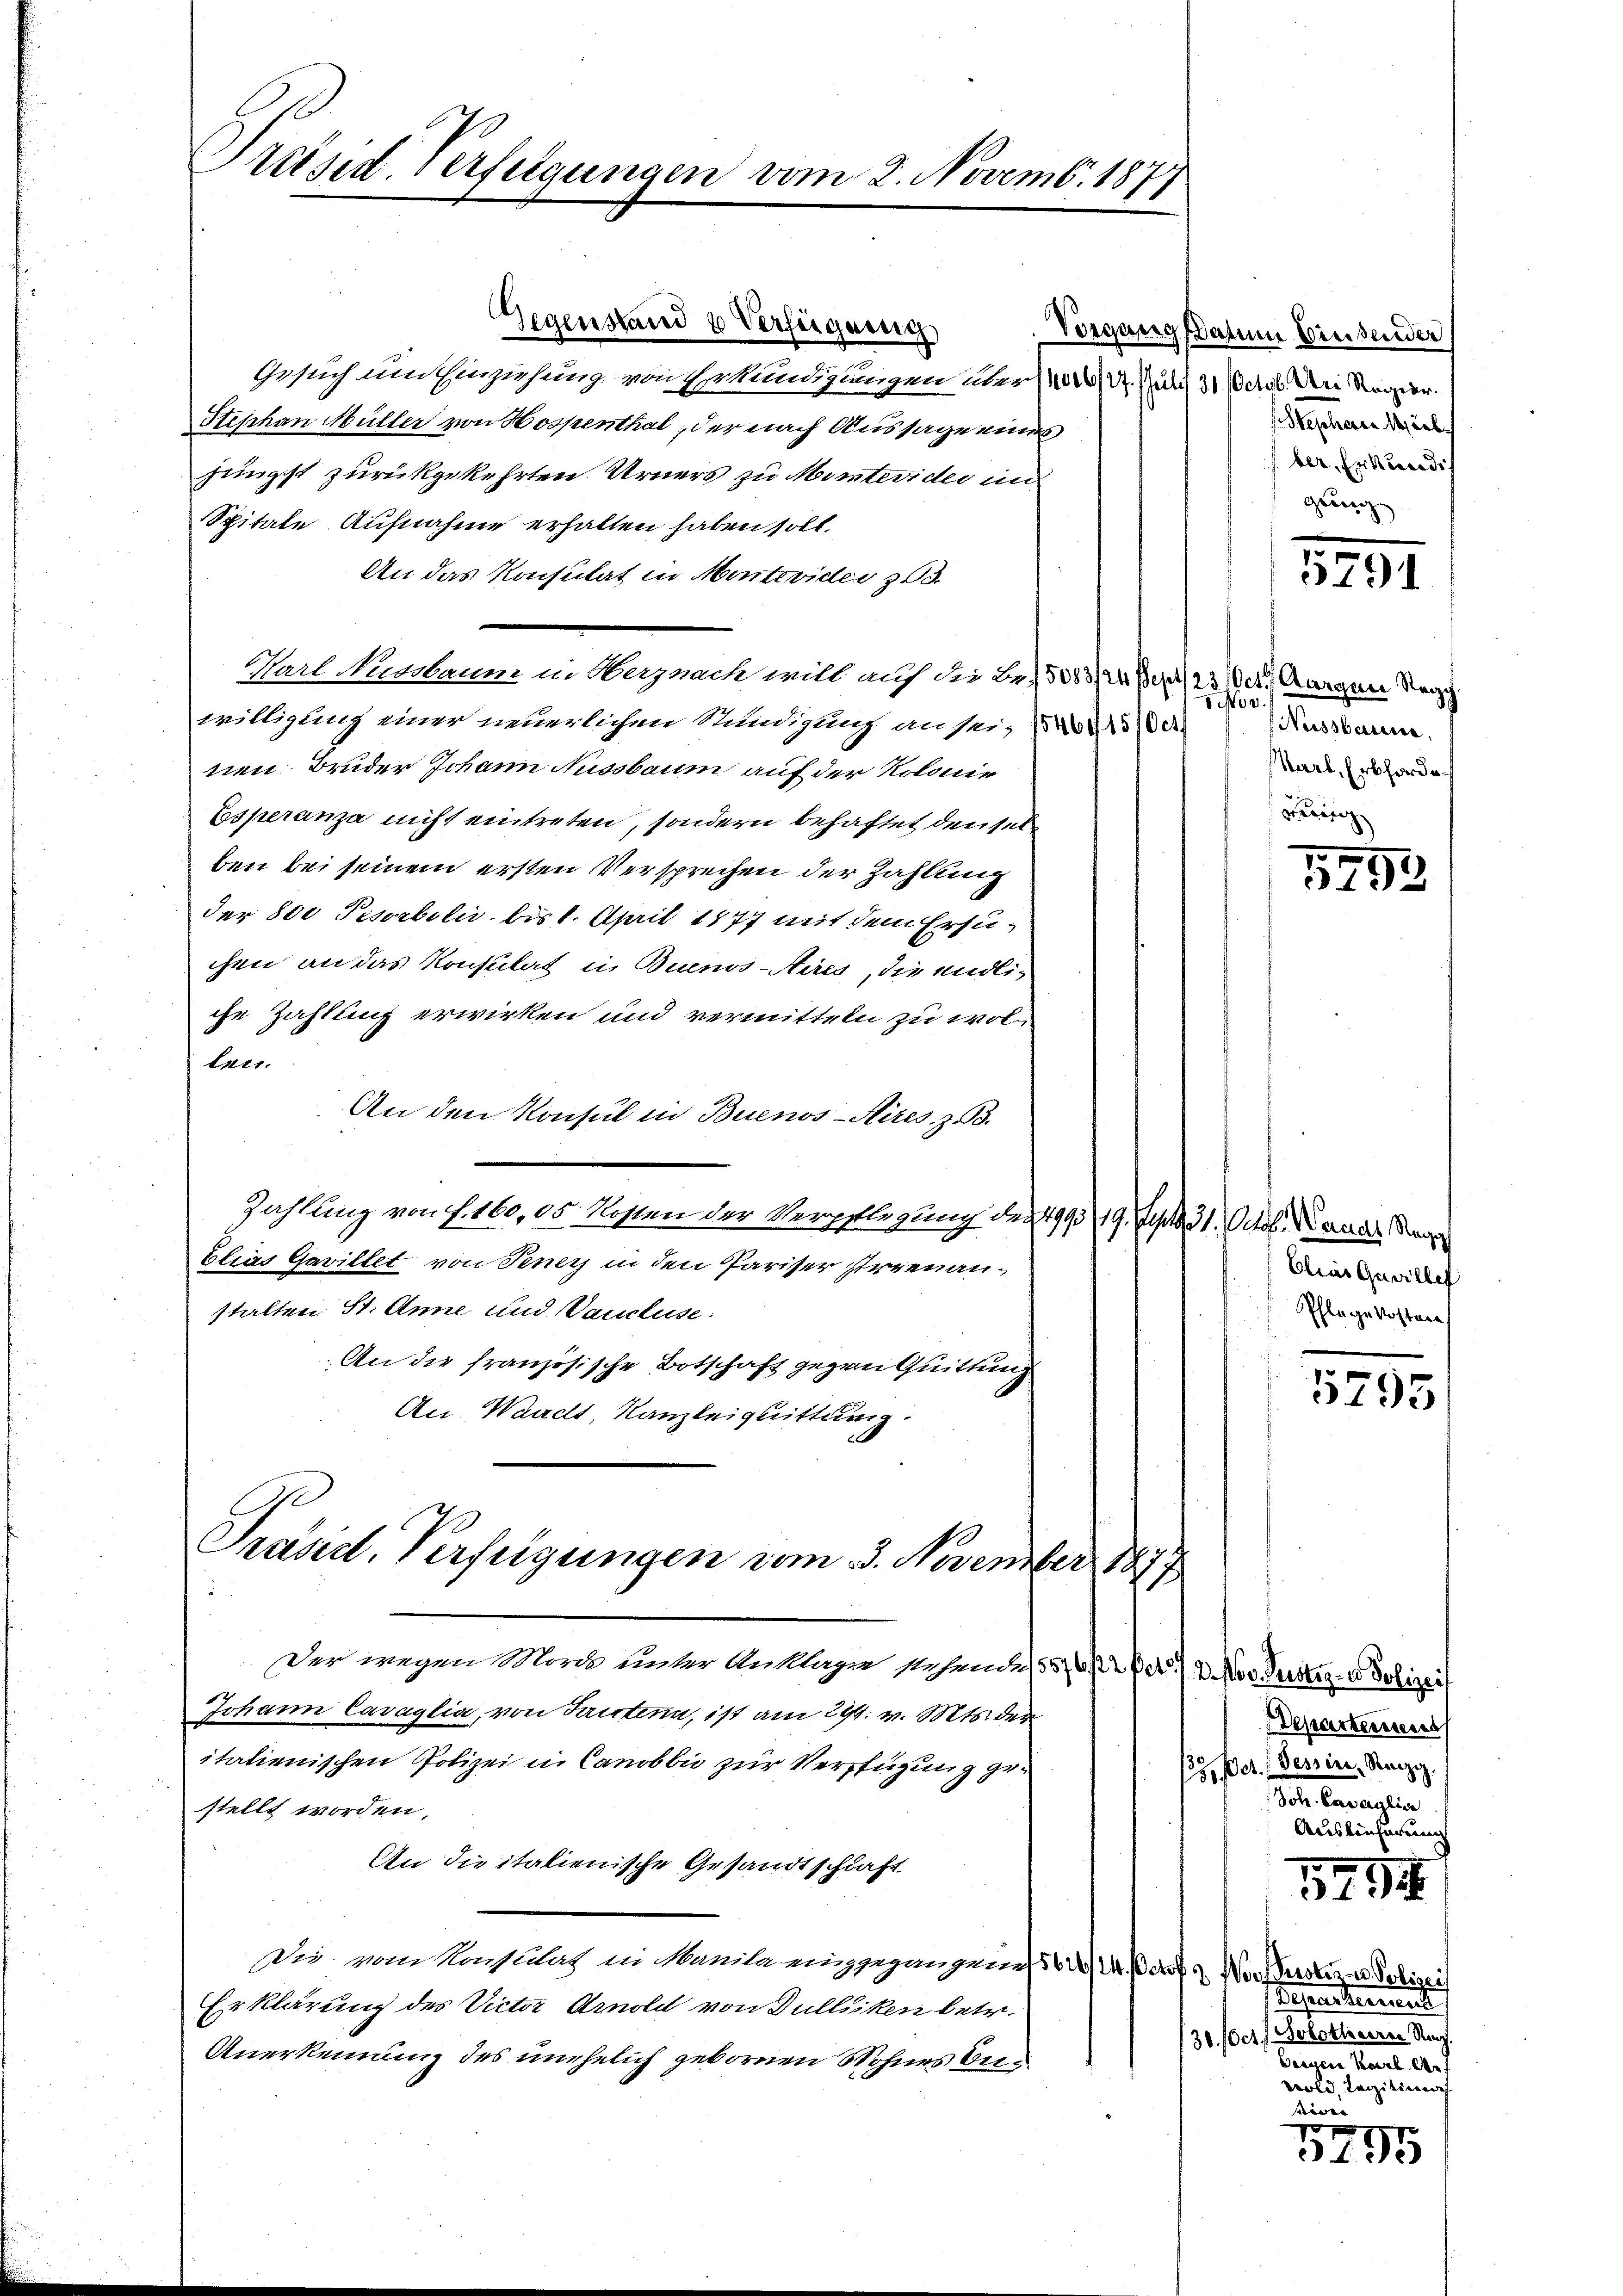
Präsid Verfügungen vom 2. Novemb. 1877

Gegenstand & Verfügung
Gesuch und Einziehung von Erkundigungen über 100 Dr. Juli 31 Octob. Bei Regier
Stephan Müller von Hospenthal, der nach Aussage eines
jüngst zurückgekehrten Urners zu Montevider im
Spitale Aufnahme erhalten haben soll.
An das Konsulat in Montevider 303.
Barl Nussbaum in Obergnach will auf die Be,5083/24 der 23 Oct. Aargau Reg
willigung einer neuerlichen Stundigung an sei, d
nen Bruder Johann Nussbaum auf der Kolonie
Esperanza nicht eintreten, sondern behaftet den sein
ben bei seinem ersten Versprechen der Zahlung
der 800 Pesorbolis bis 1. April 1877 mit dem Ersuchen an das Konsulat in Buenos-Aires, die endliche Zahlung erwirken und vermitteln zu woltner.
An den Konsul in Buenos-Aires. z. B.
Zahlung von f. 160,05. Kosten der Verpflegung des 1943 19. Sept. 31. Octob. Band Stra
Elias Gavillet von Tener in den Pariser sterenanstalten St. Anne und Vaucluse:
An die französische Botschaft gegen Quittung
An Waadt, Kanzleiguittung.
Präsid. Verfügungen vom 3. November 1877
Der wegen Morde hinter Anklagen stehende 155, 6/2 pr. 2. Nov. Rustiz- & Polizei
Johann Cavaglia, von Fristenn, ist am 224. v. Mts. der
itatienischen Polizei in Canobbi zur Verfügung gestellt worden,
An die italienische Gesandtschaft
Die vom Konsulat in Manila eingegangenen 60 M. Borf & Wort Gustiz- u Polizei
Erklärung des Victor Arnold von Gullsiken betr.
Anerkennung des unehelich gebornen Mohnes bet

Vorgang Datum Breisender
Stephan Marb
ber, Erkundig
gung

5791

100.
Nussbaue.
Karl, Erbforden
Fein

5753

Elias Geville
Pflege kosten

5295

Departement
2. per Dessire, Reizig.
Joh. Caverglic
Auslieferen
3
3194
Beseartement
30. Oct. Solothaerer Nach.
Beigen Karl er
wold, Legitima

Ir
f x
3493